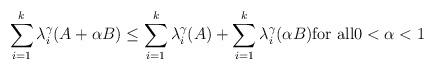
LaTeX: \begin{align*}\sum_{i=1}^{k}\lambda_{i}^{\gamma}(A+\alpha B)\leq \sum_{i=1}^{k}\lambda_i^{\gamma}(A)+\sum_{i=1}^{k}\lambda_i^{\gamma}(\alpha B) \hbox{for all$0<\alpha<1$ }\end{align*}